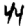
Digit: 4